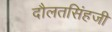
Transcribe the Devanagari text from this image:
दौलतसिंहजी